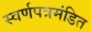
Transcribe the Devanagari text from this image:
स्वर्णपत्रमंडित